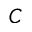
C